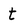
Character: t